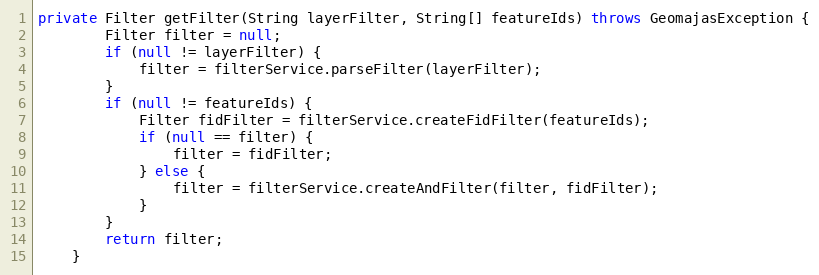
Language: Java
private Filter getFilter(String layerFilter, String[] featureIds) throws GeomajasException {
		Filter filter = null;
		if (null != layerFilter) {
			filter = filterService.parseFilter(layerFilter);
		}
		if (null != featureIds) {
			Filter fidFilter = filterService.createFidFilter(featureIds);
			if (null == filter) {
				filter = fidFilter;
			} else {
				filter = filterService.createAndFilter(filter, fidFilter);
			}
		}
		return filter;
	}